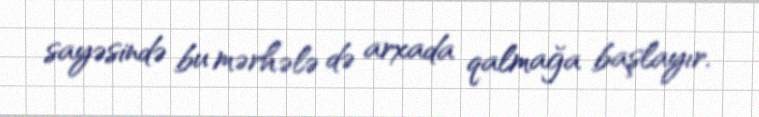
sayəsində bu mərhələ də arxada qalmağa başlayır.